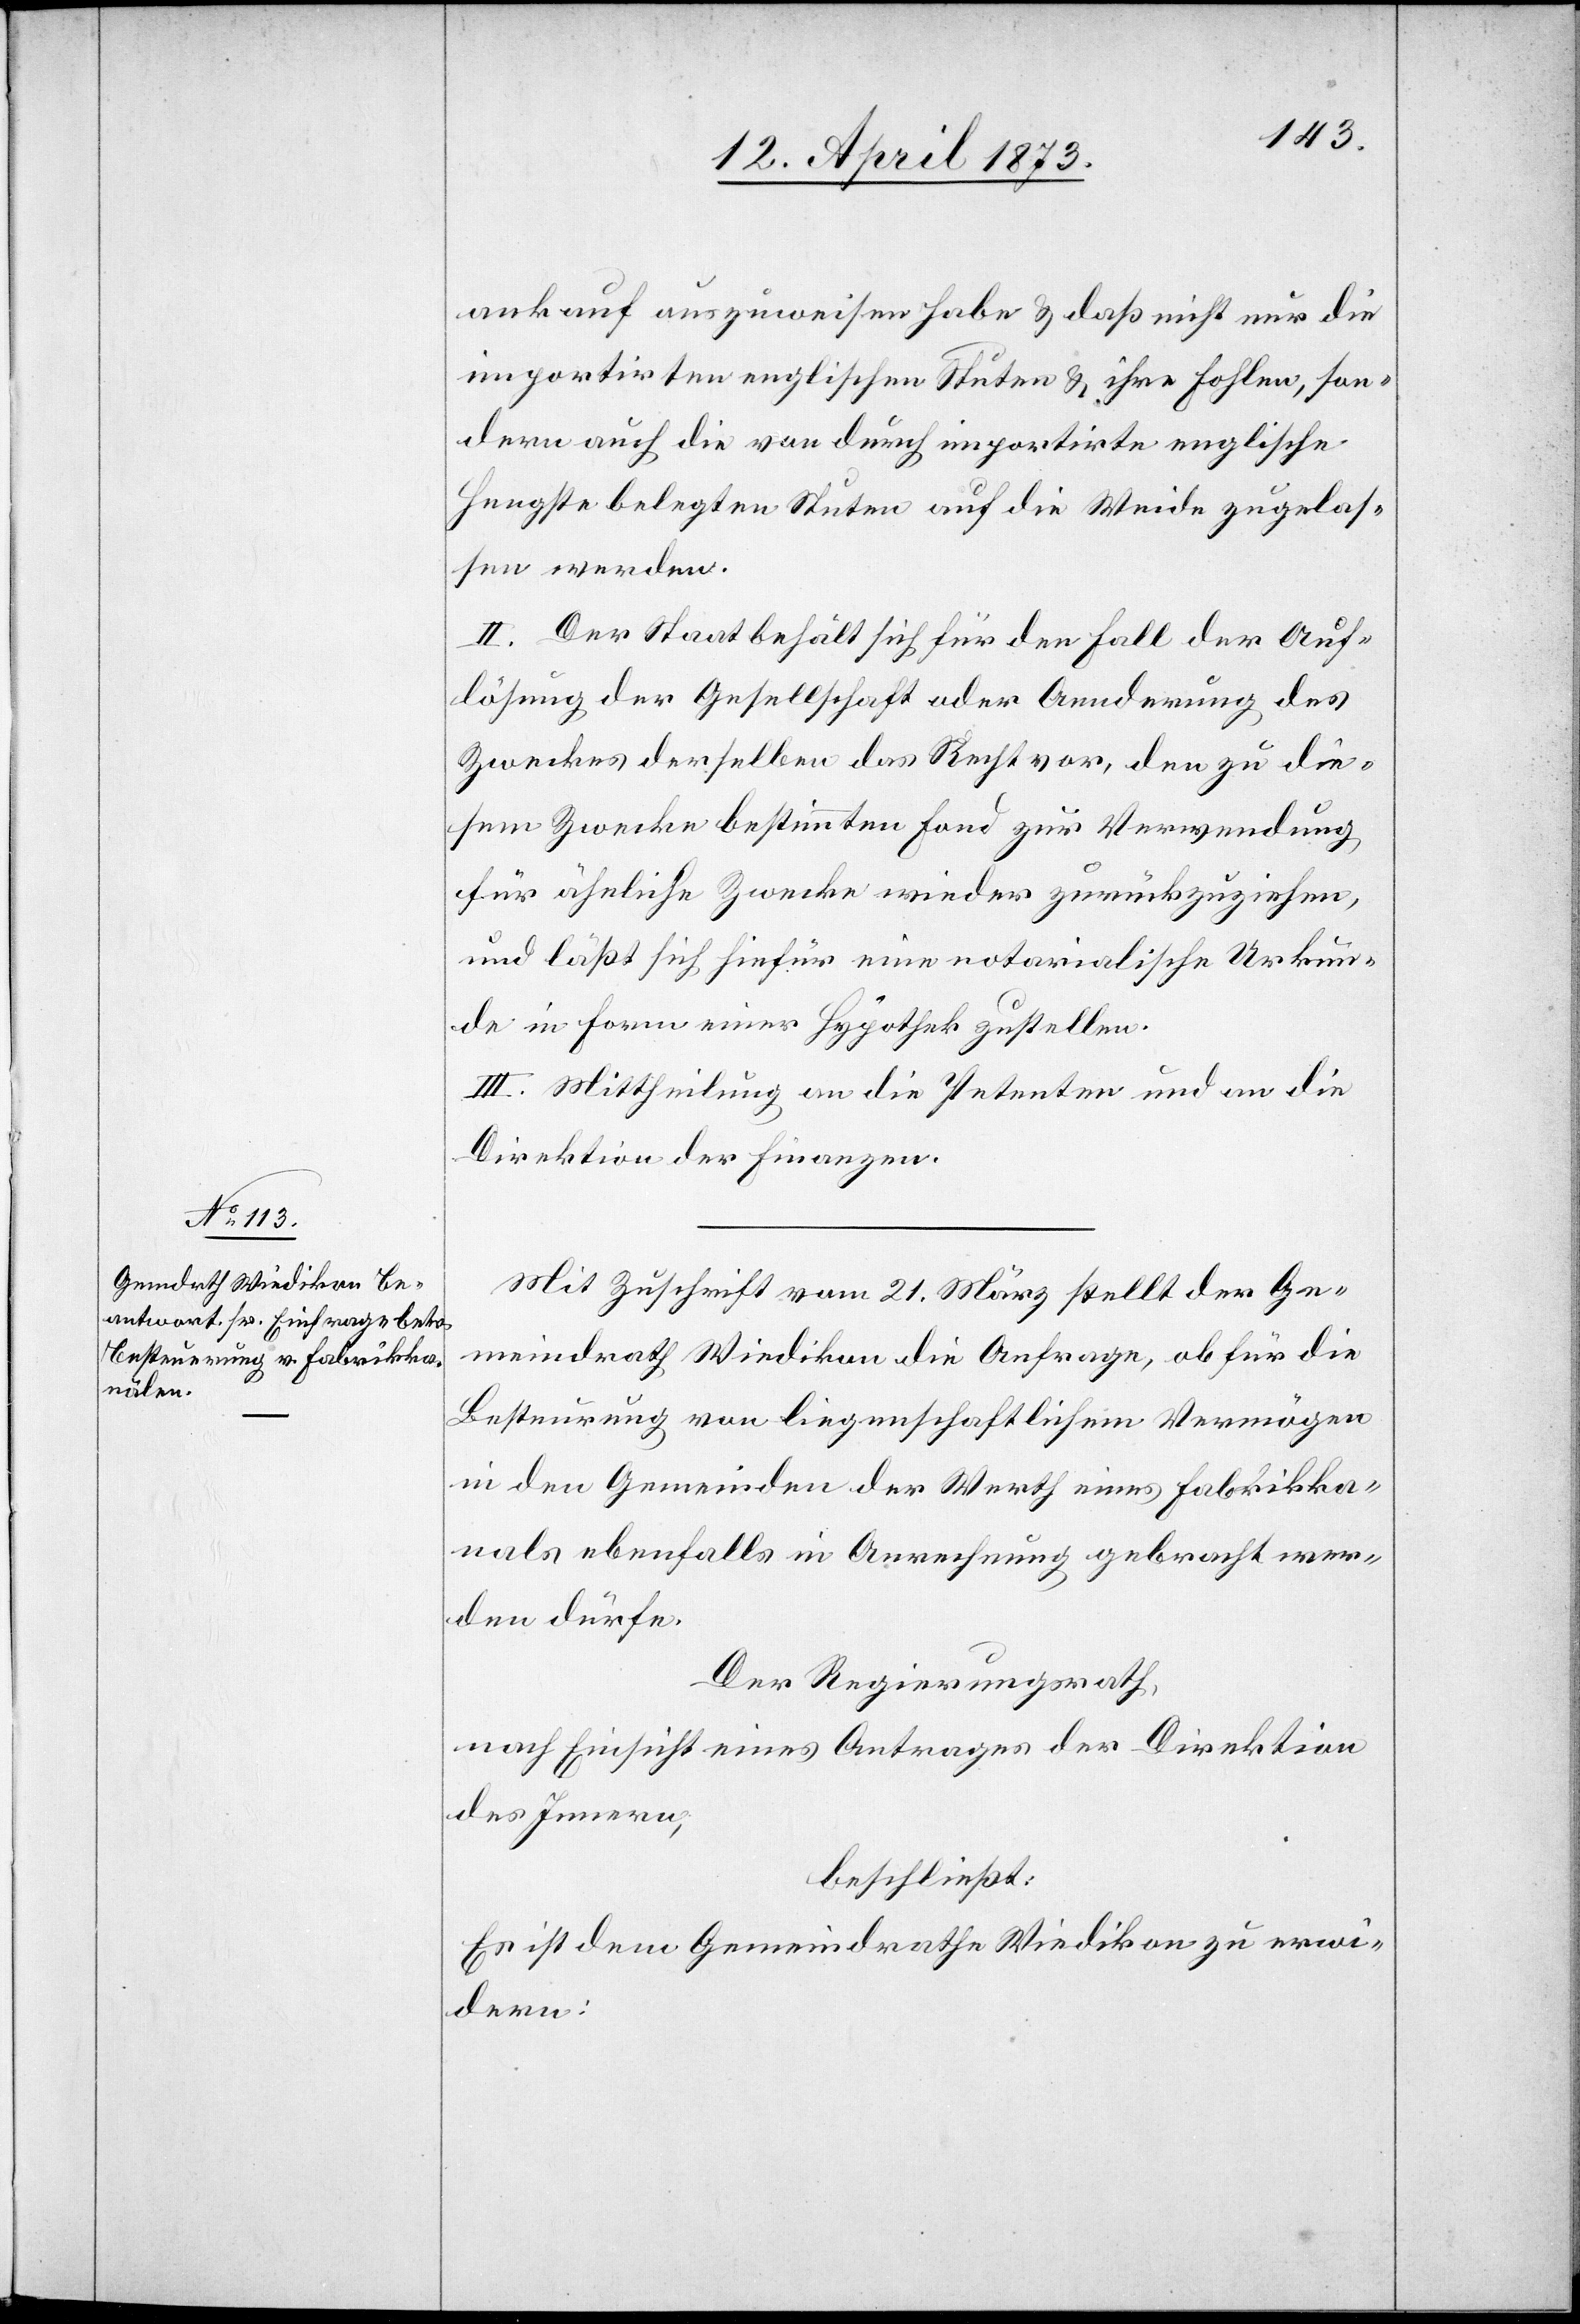
ankauf auszuweisen habe & daß nicht nur die
importirten englischen Stuten & ihre Fohlen, son¬
dern auch die von durch importirte englische
Hengste belegten Stuten auf die Weide zugelas¬
sen werden.
II. Der Staat behält sich für den Fall der Auf¬
lösung der Gesellschaft oder Aenderung des
Zweckes derselben das Recht vor, den zu die¬
sem Zwecke bestimmten Fond zur Verwendung
für ähnliche Zwecke wieder zurückzuziehen,
und läßt sich hiefür eine notarialische Urkun¬
de in Form einer Hypothek zustellen.
II. Mittheilung an die Petenten und an die
Direktion der Finanzen.
Mit Zuschrift vom 21. März stellt der Ge¬
meindrath Wiedikon die Anfrage, ob für die
Besteurung von liegenschaftlichem Vermögen
in den Gemeinden der Werth eines Fabrikka¬
nals ebenfalls in Anrechnung gebracht wer¬
den dürfe.
Der Regierungsrath,
nach Einsicht eines Antrages der Direktion
des Innern,
beschließt:
Es ist dem Gemeindrathe Wiedikon zu erwi¬
dern: